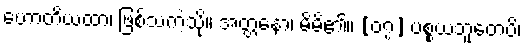
ဟောတိယထာ၊ ဖြစ်သကဲ့သို့။ အတ္တနော၊ မိမိ၏။ [၀၇] ပစ္စယဘူတေပိ၊